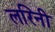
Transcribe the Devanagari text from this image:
लरिनी